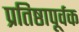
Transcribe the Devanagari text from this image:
प्रतिष्ठापूर्वक